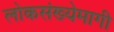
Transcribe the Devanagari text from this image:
लोकसंख्येमागी